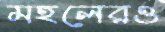
মহলেরও